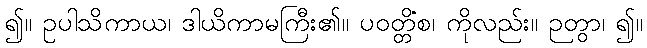
၍။ ဥပါသိကာယ၊ ဒါယိကာမကြီး၏။ ပဝတ္တိံစ၊ ကိုလည်း။ ဉတွာ၊ ၍။